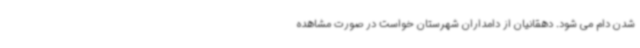
شدن دام می شود. دهقانیان از دامداران شهرستان خواست در صورت مشاهده